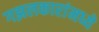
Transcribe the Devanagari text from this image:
गझलकारांमध्ये